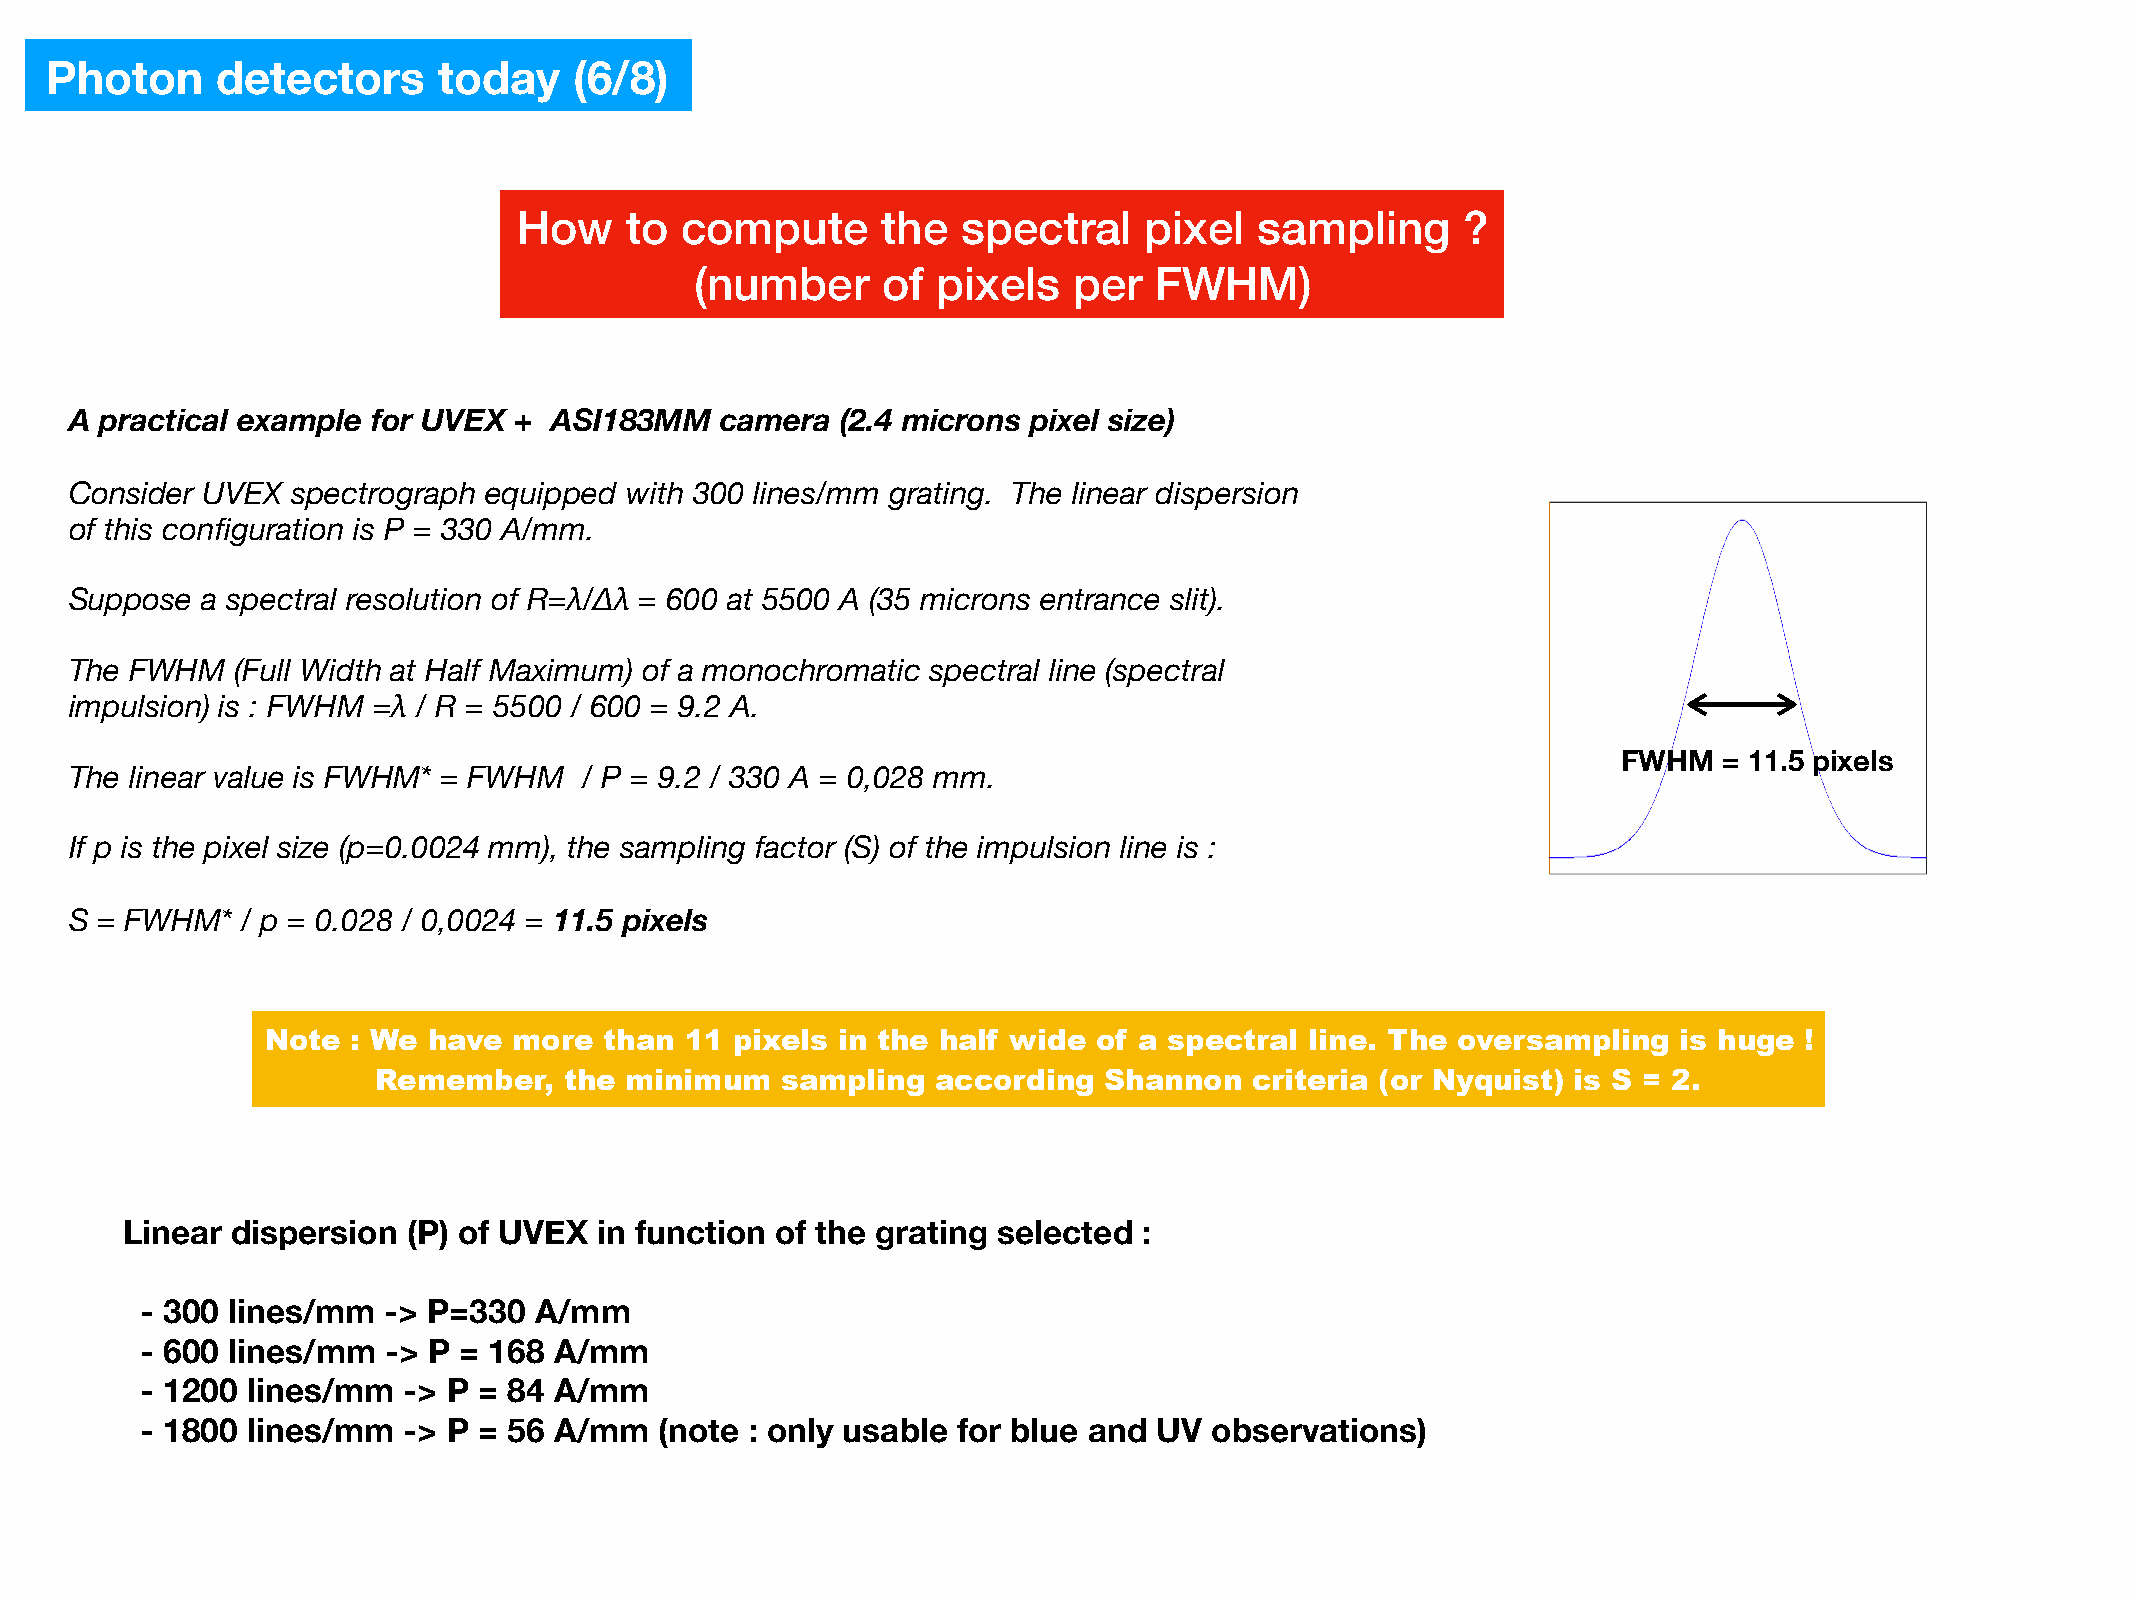
Photon     detectors      today    (6/8)
 How    to  compute      the   spectral    pixel  sampling      ?
 (number     of  pixels   per  FWHM)
 A practical example for UVEX + ASI183MM    camera  (2.4 microns pixel size)
 Consider UVEX spectrograph equipped with 300 lines/mm grating. The linear dispersion
 of this configuration is P = 330 A/mm.
 Suppose a spectral resolution of R=λ/Δλ = 600 at 5500 A (35 microns entrance slit).
 The FWHM   (Full Width at Half Maximum) of a monochromatic spectral line (spectral
 impulsion) is : FWHM =λ / R = 5500 / 600 = 9.2 A.
 FWHM   = 11.5 pixels
 The linear value is FWHM* = FWHM  / P = 9.2 / 330 A = 0,028 mm.
 If p is the pixel size (p=0.0024 mm), the sampling factor (S) of the impulsion line is :
 S = FWHM*  / p = 0.028 / 0,0024 = 11.5 pixels
 Note : We have  more  than 11  pixels in the half wide of a spectral line. The oversampling  is huge !
 Remember,   the minimum    sampling  according  Shannon   criteria (or Nyquist) is S = 2.
 Linear dispersion  (P) of UVEX  in function of the grating selected :
 - 300 lines/mm   -> P=330 A/mm
 - 600 lines/mm   -> P = 168 A/mm
 - 1200 lines/mm   -> P = 84 A/mm
 - 1800 lines/mm   -> P = 56 A/mm   (note : only usable for blue and UV observations)